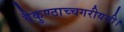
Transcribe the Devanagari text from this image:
वैकुण्ठाच्चगरीयसी।